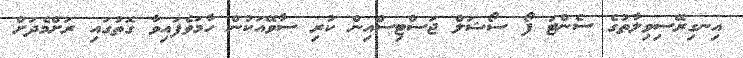
އިނގިރޭސިވިލާތުގެ ސެންޓަ ފޯ ސޯޝަލް ޖަސްޓިސްއިން ކުރި ސާވޭއަކުން ހާމަވެފައިވާ ގޮތުގައި ރަށްމެދަށް